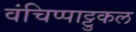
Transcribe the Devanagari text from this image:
वंचिप्पाट्टुकल